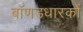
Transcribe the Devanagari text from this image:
बॉणडधारकों